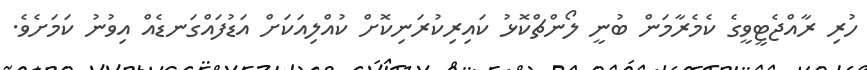
ހުރި ރާއްޖެޓީވީގެ ކެމެރާމަން ބުނީ ލޯންޗްކޮޅު ކައިރިކުރަނިކޮށް ކުއްލިއަކަށް އަޑުފައްގަނޑެއް އިވުނު ކަމަށެވެ.